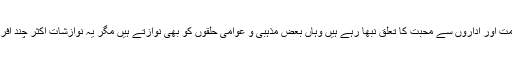
وہ جہاں پاکستانی حکومت اور اداروں سے محبت کا تعلق نبھا رہے ہیں وہاں بعض مذہبی و عوامی حلقوں کو بھی نوازتے ہیں مگر یہ نوازشات اکثر چند افراد تک محدود رہتی ہیں۔